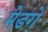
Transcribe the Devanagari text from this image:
मेडगे